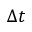
\Delta t